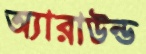
অ্যারাউন্ড